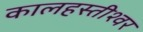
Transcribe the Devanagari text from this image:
कालहस्तीश्वर